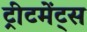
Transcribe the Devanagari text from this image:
ट्रीटमेंट्स